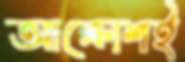
আক্রোশই